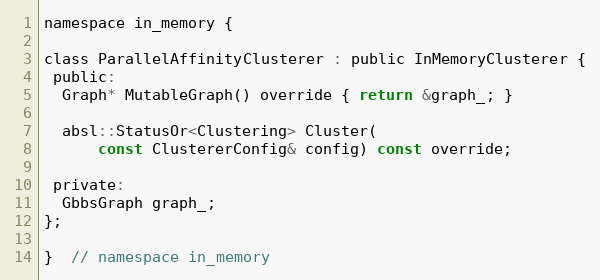
Language: C
namespace in_memory {

class ParallelAffinityClusterer : public InMemoryClusterer {
 public:
  Graph* MutableGraph() override { return &graph_; }

  absl::StatusOr<Clustering> Cluster(
      const ClustererConfig& config) const override;

 private:
  GbbsGraph graph_;
};

}  // namespace in_memory